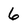
Character: 6